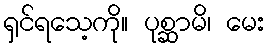
ရှင်ရသေ့ကို။ ပုစ္ဆာမိ၊ မေး